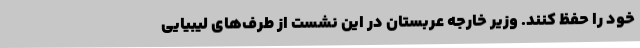
خود را حفظ کنند. وزیر خارجه عربستان در این نشست از طرف‌های لیبیایی